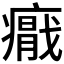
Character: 𭼪